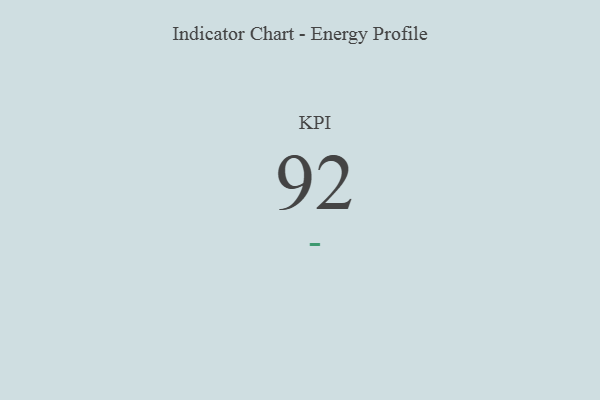
{"axis": {"x": "KPI", "y": "Value"}, "legend": [""], "data": [{"x": "KPI", "y": 92, "type": ""}]}